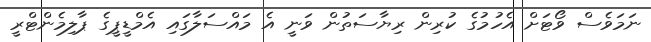
ނަމަވެސް ވޯޓަށް އެހުމުގެ ކުރިން ރިޔާސަތުން ވަނީ އެ މައްސަލާގައި އެމްޑީޕީގެ ޕާލިމެންޓްރީ